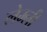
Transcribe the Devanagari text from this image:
लेम्ली